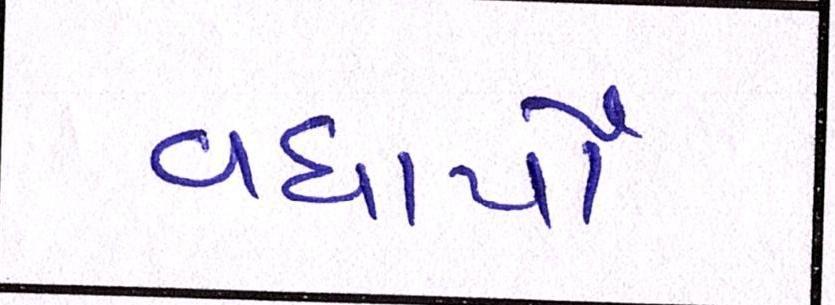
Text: વધાર્યો